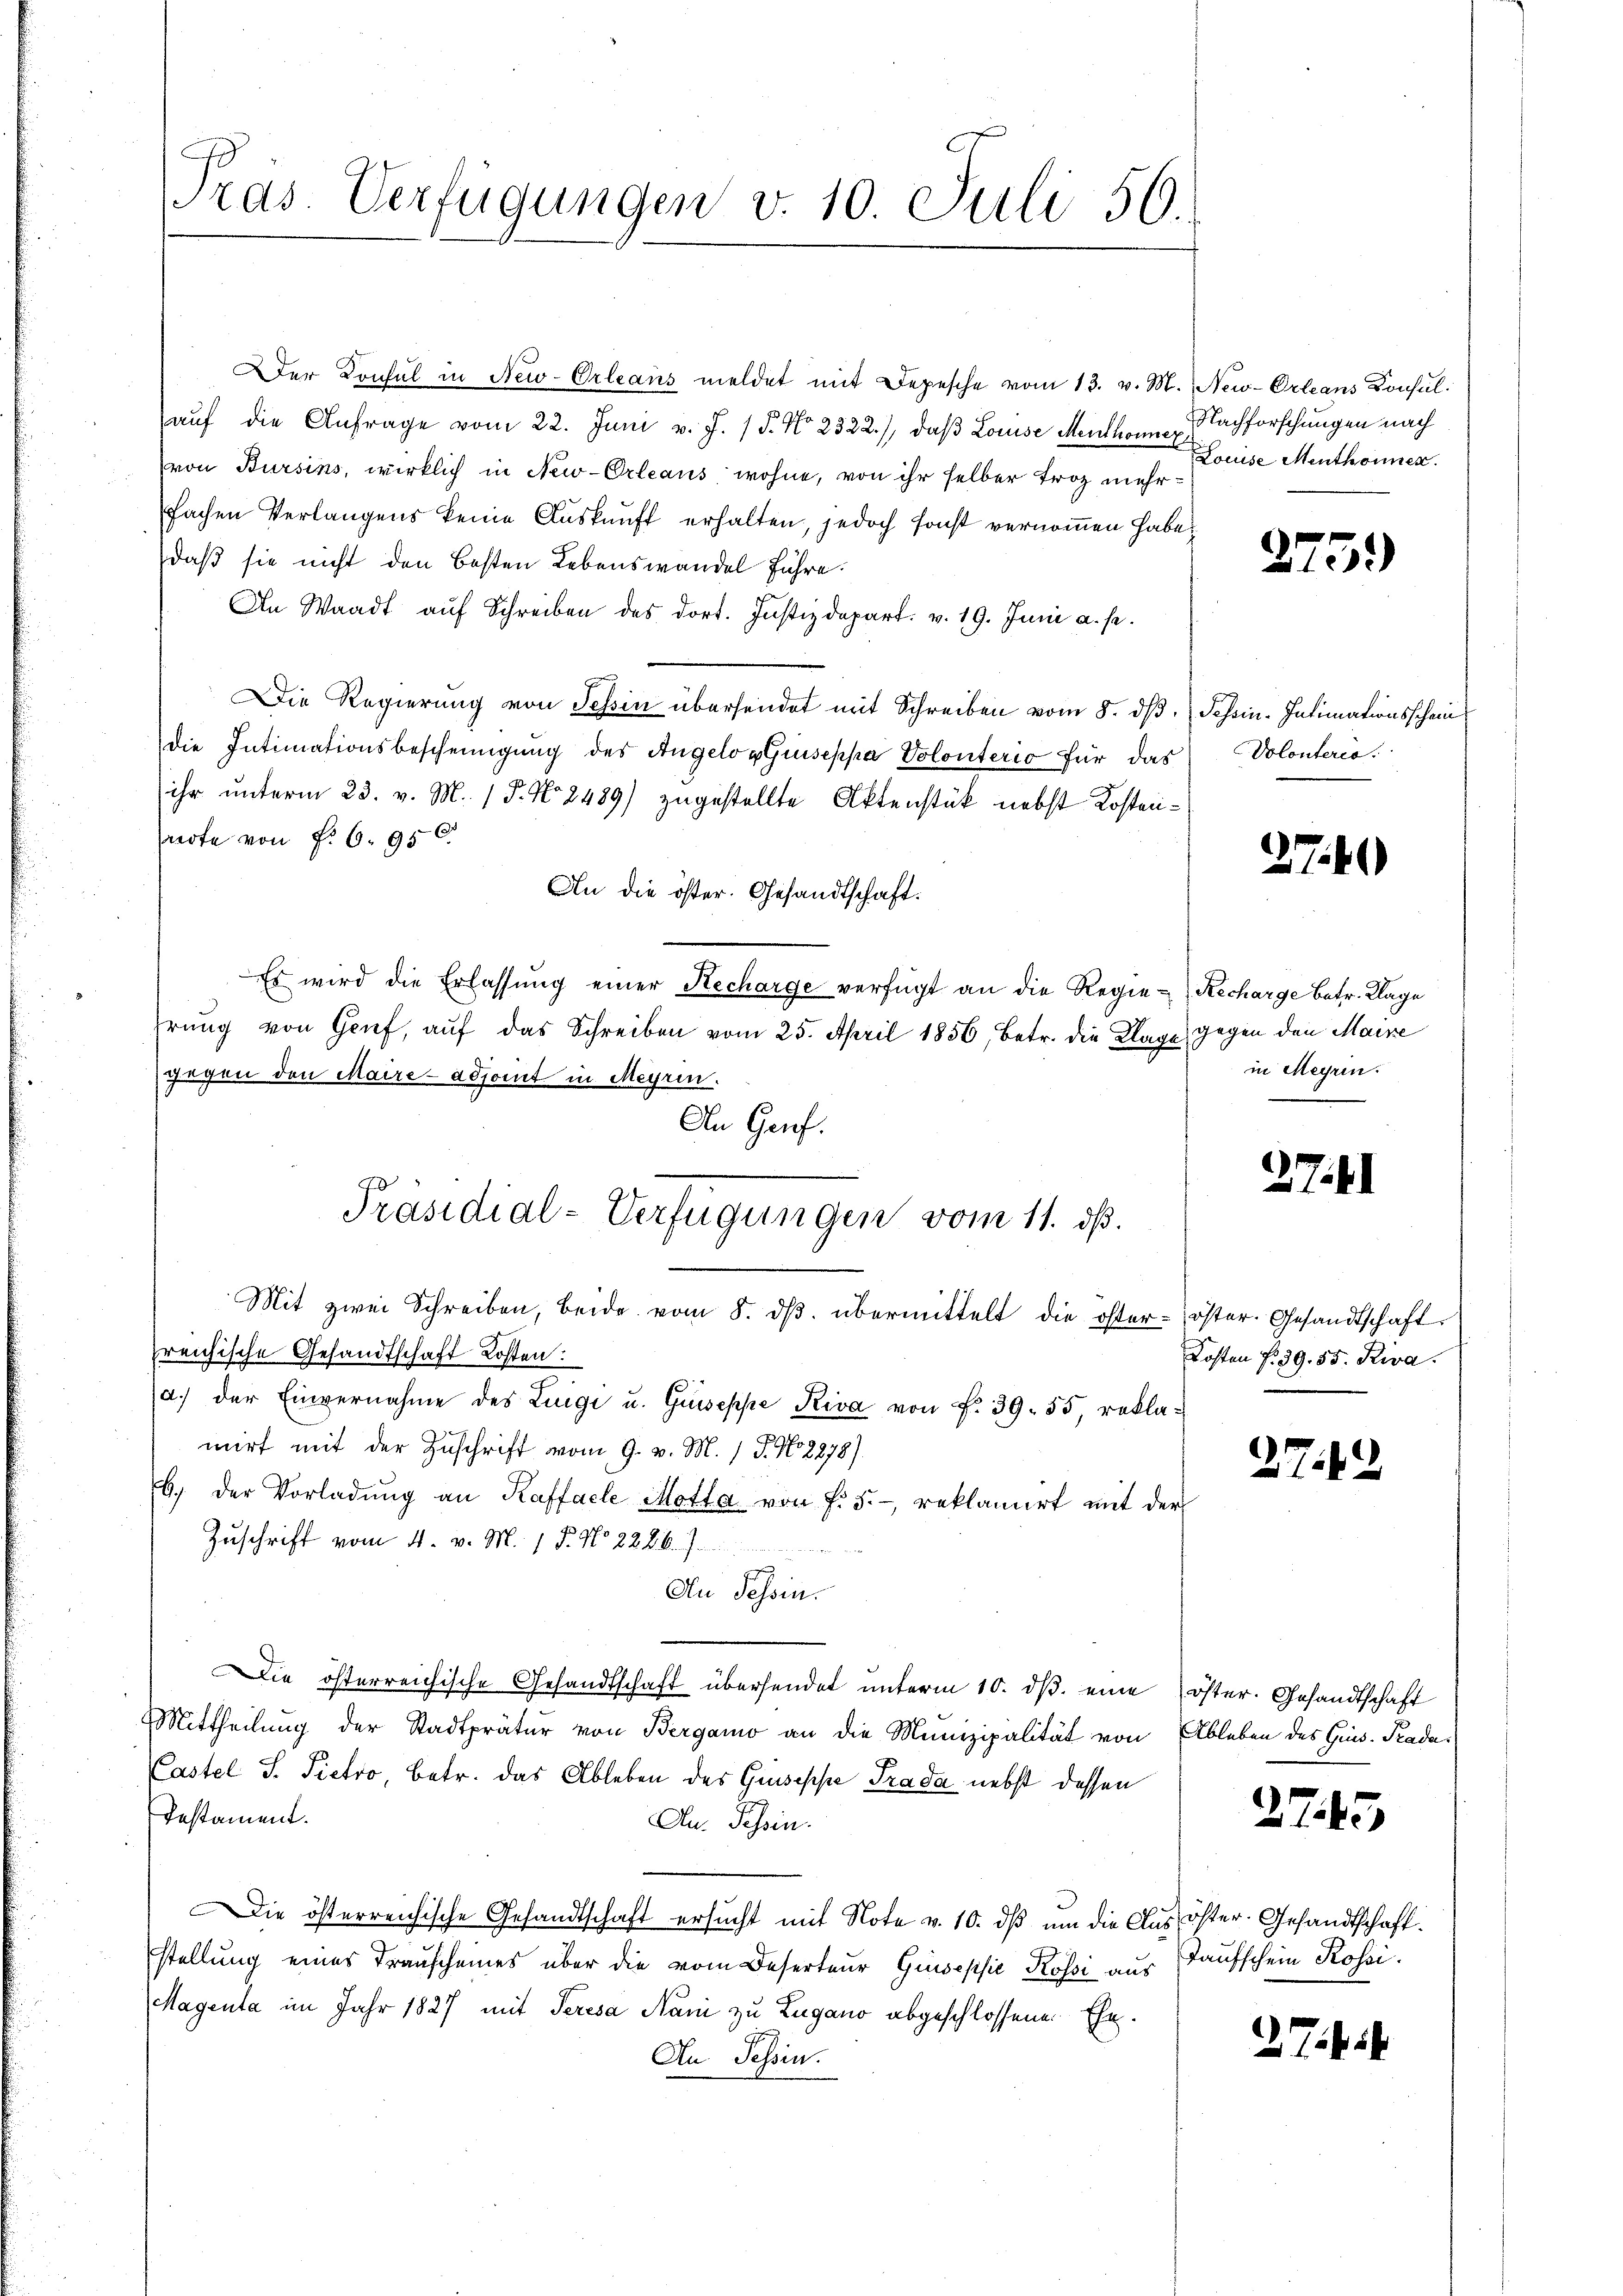
Präs. Verfügungen v. 10. Juli 50.

Präsidial-Verfügungen vom 11. dß.
d

Der Konsul in New-Orleans meldet mit Depesche vom 13. v. M.
auf die Anfrage vom 22. Juni v. J. P. No 2322), daβ Louise Menthonnex
von Bursins, wirklich in New-Orleans wohne, von ihr selber Froz mehrfachen Verlangens keine Auskunft erhalten, jedoch sonst vernommen habe,
daß sie nicht den Besten Lebenswandel führe.
An Waadt auf Schreiben des dort. Justizdepart. v. 19. Juni a. s.
Die Regierung von Tessin übersendet mit Schreiben vom 8. dβ.
die Intimationsbescheinigung des Angelog Giseppa Volonterio für das
ihr unterm 23. v. M. P. No. 2489) zugestellte Aktenstük nebst Kostenswerte von P. 6. 950.
An die öster. Gesandtschaft.
Es wird die Erlassŭng einer Hecharge verfügt an die Regie-Recharge betr. Klage
hrung von Genf, auf das Schreiben vom 25. April 1856, betr. die Klage
gegen den Maire - adjomt in Meyrin.
An Genf.
Mit zwei Schreiben, beide vom 8. ds. übermittelt die österfreichische Gesandtschaft Kosten:
a.) der Einvernahme des Luigi u. Guseppe Riva von Fr. 39. 55, reklamirt mit der Zuschrift vom 9. v. M. 1 S. No 2878).
b. der Vorladŭng an Kaffacle Motta von f. 5.- reklamirt mit der
Zuschrift vom 4. v. M. 15. No 228. 6. 7.
An Tessin.
Die österreichische Gesandtschaft übersendet unterm 10. ds. eine
Mittheilung der Stadtpräter von Bergamo an die Munizipalität von Ableben des Ges. Prada¬
Pastel S. Pietro, betr. das Ableben des Guseppe Trada nebst dessen
Testament.
Au. Tessin.
Die österreichische Gesandtschaft ersucht mit Note v. 10. dß um die Aus öster- Gesandtschaft.
stellung eines Trauscheines über die vom Deserteur Gisepsie Kossi aus
Magenta im Jahr 1827 mit Seresa Nani zu Lugano abgeschlossenen Ehe.
An Tessin.

New-Orleans Konsul
Nachforschungen nach
Louise Menthonnen.

275.

Schein. Intimationsschein
Volonterie.

2740)

gegen den Maire
in Meyrin.

2Zill

öster. Gesandtschaft.
Kosten f. 39. 55. Riva

2749

öster. Gesandtschaft

2745

Taufschein Rossi.

2 Ziff